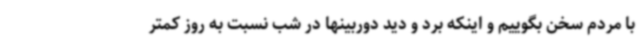
با مردم سخن بگوییم و اینکه برد و دید دوربینها در شب نسبت به روز کمتر